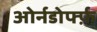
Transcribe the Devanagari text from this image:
ओर्नडोर्फ्फ़